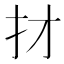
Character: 𢩱